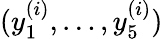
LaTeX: (y_{1}^{(i)},\dots,y_{5}^{(i)})